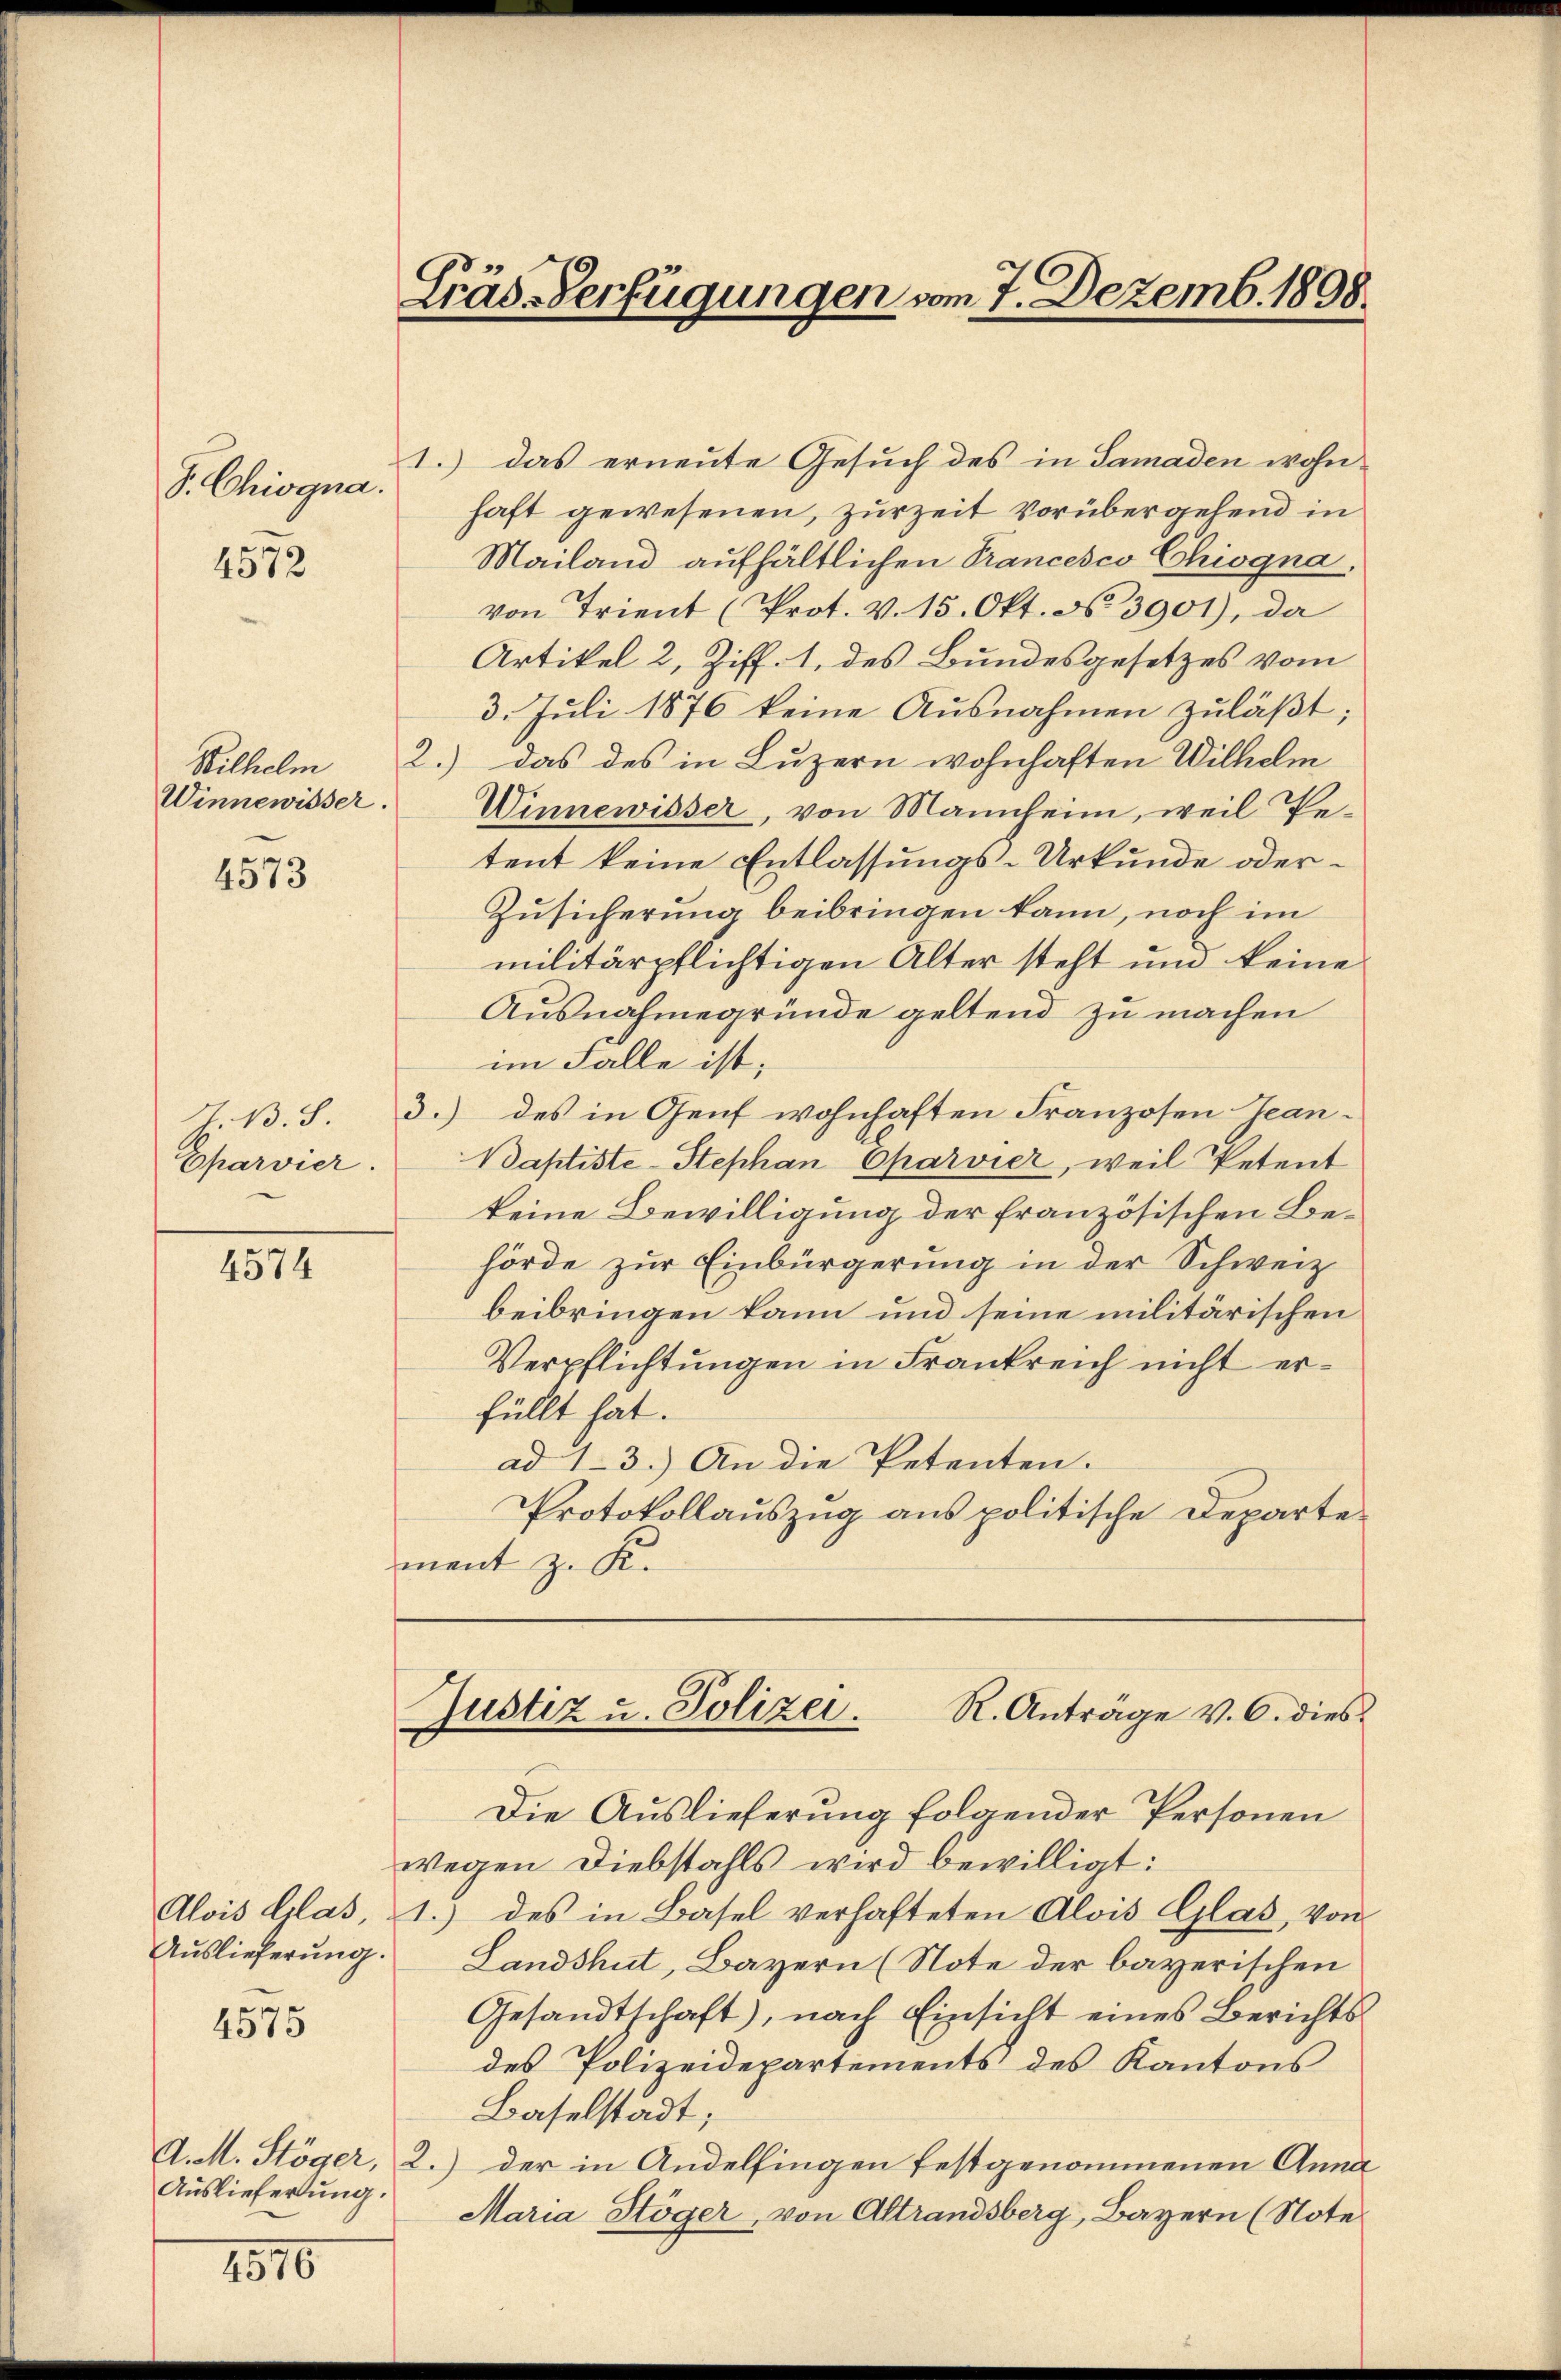
S. Chiogna.

4572

Winnewisser.

4573

Eparvier.

4574

Auslieferung.
n

4575

Auslieferung.

1816

Gräs-Verfügungen vom 7. Dezemb. 1898.

Justiz u. Polizei. R. Anträge v. 6. dies

1.) Das erneute Gesuch des in Samaden wohnhaft gewesenen, zur Zeit vorübergehend in
Mailand aufhältlichen Trancesco Chiogna
von Trient (Prot. v. 15. Okt. N. 3901), da
Artikel 2, Ziff. 1, des Bundesgesetzes vom
3. Juli 1876 keine Ausnahmen zuläßt;
Wilhelm 2.) das des in Luzern wohnhaften Wilhelm
Winnewisser, von Mannheim, weil Petent keine Entlassungs-Urkunde oder¬
Zusicherung beibringen kann, noch im
militärpflichtigen Alter steht und keine
Ausnahmegründe geltend zu machen
im Falle ist,
T. B. S. 3.) des in Genf wohnhaften Franzosen Can¬
Baptiste-Stephan Charvier, weil Petent
keine Bewilligung der französischen Behörde zur Einbürgerung in der Schweiz
beibringen kann und seine militärischen
Verpflichtungen in Frankreich nicht erfüllt hat.
ad 1-3.) An die Petenten.
Protokollauszug aus politische Departement z. K.

Die Auslieferung folgender Personen
wegen Diebstahls wird bewilligt:
Alois Glas, 1.) des in Basel verhafteten Alois Glas, von
Landshut, Bayern (Note der bayerischen
Gesandtschaft, nach Einsicht eines Berichts-
des Polizeidepartements des Kantons
Baselstadt;
A. M. Stöger, 2.) der in Andelfingen festgenommenen Anna
Maria Stöger, von Altrandsberg, Bayern (Note